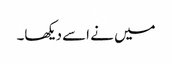
میں نے اسے دیکھا۔